Lunatic asylums Burma 1907-21 - 1907-1921
Year: 1907
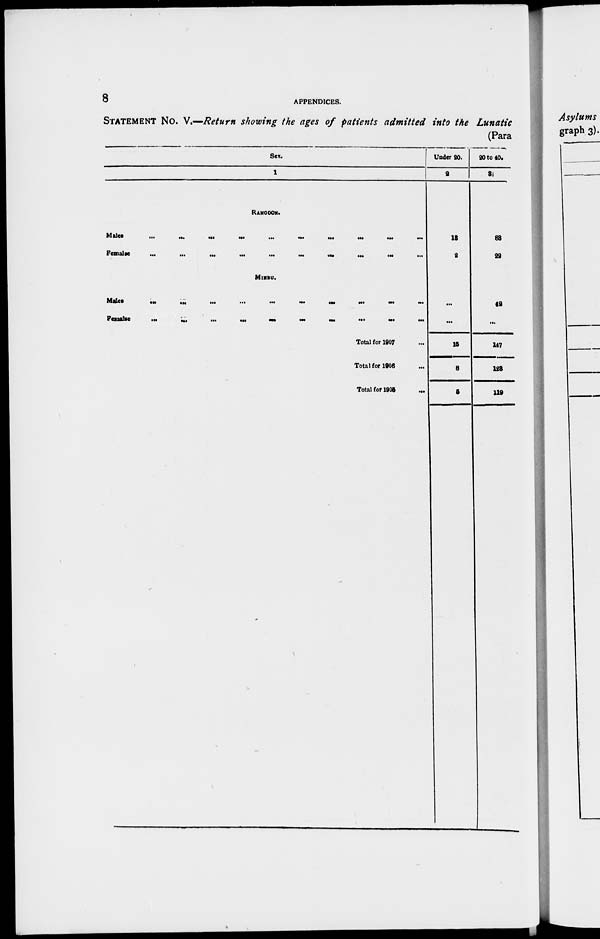
8
APPENDICES.
STATEMENT No. V.—Return showing the ages of patients admitted into the Lunatic
(Para
Sex.
1
RANGOON.
Males
...
...
...
...
...
...
...
...
...
...
Females
...
...
...
...
...
...
...
...
...
...
MlNBU.
Mal es
...
...
...
...
...
...
...
...
...
...
Females
...
...
...
...
...
...
...
...
...
...
Total for 1807 ...
Total for 1908 ...
Total for 1905
...
Under 20.
2
18
2
...
...
15
8
5
20 to 40.
3
88
22
42
...
147
128
119